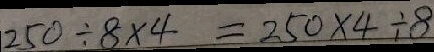
2 5 0 \div 8 \times 4 = 2 5 0 \times 4 \div 8